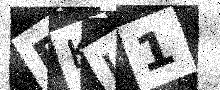
Text: PKU1